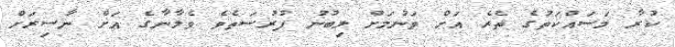
ކުރާ މަސައްކަތުގެ ތެރެ އަށް ވަނުމަށް ލިބުނު ފުރުސަތެވެ ވެލާނާގެ އަށް ނާސިރަށް